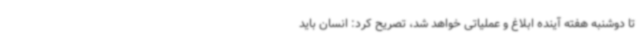
تا دوشنبه هفته آینده ابلاغ و عملیاتی خواهد شد، تصریح کرد: انسان باید